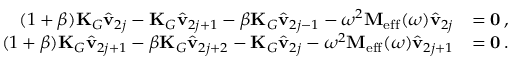
\begin{array} { r l } { ( 1 + \beta ) \mathbf { K } _ { G } \hat { \mathbf { v } } _ { 2 j } - \mathbf { K } _ { G } \hat { \mathbf { v } } _ { 2 j + 1 } - \beta \mathbf { K } _ { G } \hat { \mathbf { v } } _ { 2 j - 1 } - \omega ^ { 2 } \mathbf { M } _ { \mathrm { e f f } } ( \omega ) \hat { \mathbf { v } } _ { 2 j } } & { = \mathbf { 0 } \, , } \\ { ( 1 + \beta ) \mathbf { K } _ { G } \hat { \mathbf { v } } _ { 2 j + 1 } - \beta \mathbf { K } _ { G } \hat { \mathbf { v } } _ { 2 j + 2 } - \mathbf { K } _ { G } \hat { \mathbf { v } } _ { 2 j } - \omega ^ { 2 } \mathbf { M } _ { \mathrm { e f f } } ( \omega ) \hat { \mathbf { v } } _ { 2 j + 1 } } & { = \mathbf { 0 } \, . } \end{array}